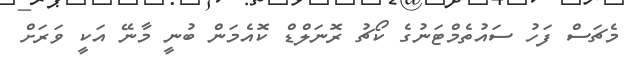
މެޗަސް ފަހު ސައުތެމްޓަނުގެ ކޯޗު ރޮނަލްޑް ކޮއެމަން ބުނީ މާނޭ އަކީ ވަރަށް